Annual administration and progress report of the Indian Medical Department, Bombay
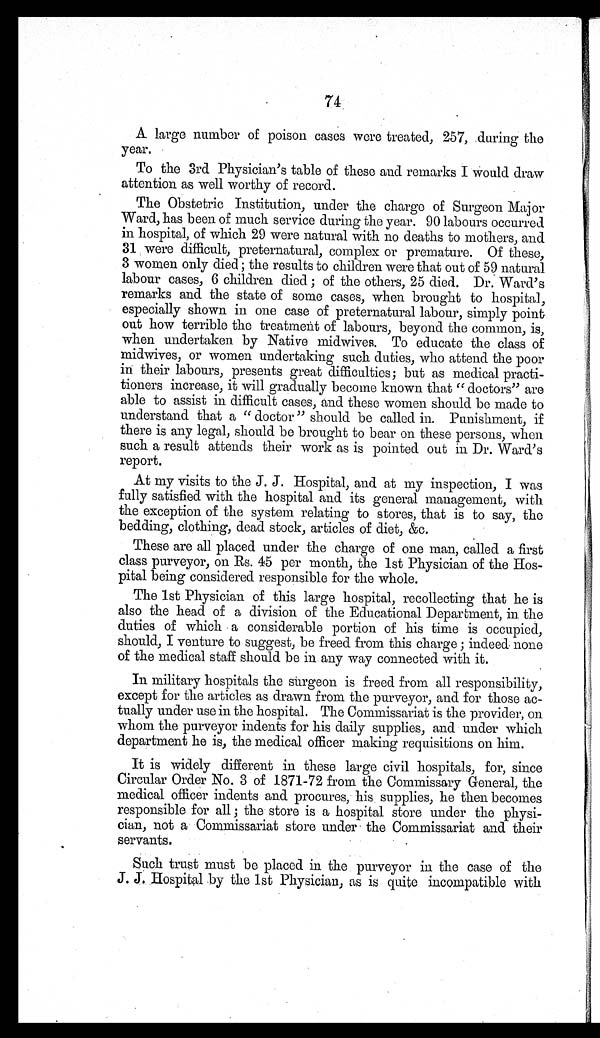
74
A large number of poison cases were treated, 257, during the
year.
To the 3rd Physician's table of these and remarks I would draw
attention as well worthy of record.
The Obstetric Institution, under the charge of Surgeon Major
Ward, has been of much service during the year. 90 labours occurred
in hospital, of which 29 were natural with no deaths to mothers, and
31 were difficult, preternatural, complex or premature. Of these,
3 women only died; the results to children were that out of 59 natural
labour cases, 6 children died; of the others, 25 died. Dr. Ward's
remarks and the state of some cases, when brought to hospital,
especially shown in one case of preternatural labour, simply point
out how terrible the treatment of labours, beyond the common, is,
when undertaken by Native midwives. To educate the class of
midwives, or women undertaking such duties, who attend the poor
in their labours, presents great difficulties; but as medical practi-
tioners increase, it will gradually become known that "doctors" are
able to assist in difficult cases, and these women should be made to
understand that a "doctor" should be called in. Punishment, if
there is any legal, should be brought to bear on these persons, when
such a result attends their work as is pointed out in Dr. Ward's
report.
At my visits to the J. J. Hospital, and at my inspection, I was
fully satisfied with the hospital and its general management, with
the exception of the system relating to stores, that is to say, the
bedding, clothing, dead stock, articles of diet, &c.
These are all placed under the charge of one man, called a first
class purveyor, on Rs. 45 per month, the 1st Physician of the Hos-
pital being considered responsible for the whole.
The 1st Physician of this large hospital, recollecting that he is
also the head of a division of the Educational Department, in the
duties of which a considerable portion of his time is occupied,
should, I venture to suggest, be freed from this charge; indeed none
of the medical staff should be in any way connected with it.
In military hospitals the surgeon is freed from all responsibility,
except for the articles as drawn from the purveyor, and for those ac-
tually under use in the hospital. The Commissariat is the provider, on
whom the purveyor indents for his daily supplies, and under which
department he is, the medical officer making requisitions on him.
It is widely different in these large civil hospitals, for, since
Circular Order No. 3 of 1871-72 from the Commissary General, the
medical officer indents and procures, his supplies, he then becomes
responsible for all; the store is a hospital store under the physi-
cian, not a Commissariat store under the Commissariat and their
servants.
Such trust must be placed in the purveyor in the case of the
J. J. Hospital by the 1st Physician, as is quite incompatible with